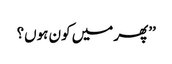
’’پھر میں کون ہوں؟